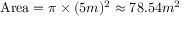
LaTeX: \mathrm { A r e a } = \pi \times ( 5 m ) ^ { 2 } \approx 7 8 { . } 5 4 m ^ { 2 }